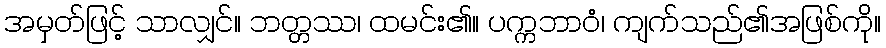
အမှတ်ဖြင့် သာလျှင်။ ဘတ္တဿ၊ ထမင်း၏။ ပက္ကဘာဝံ၊ ကျက်သည်၏အဖြစ်ကို။